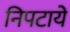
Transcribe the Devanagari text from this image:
निपटायें